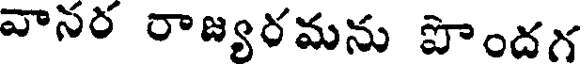
వానర రాజ్యరమను పొందగ